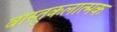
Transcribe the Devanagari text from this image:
वास्तुकलात्मक